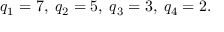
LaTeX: q _ { 1 } = 7 , \; q _ { 2 } = 5 , \; q _ { 3 } = 3 , \; q _ { 4 } = 2 .